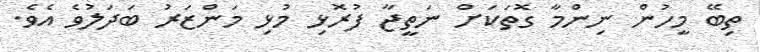
ތިބޭ މީހުން ނިންމާ ގޮތަކަށް ނަތީޖާ ފުރޮޅި މުޅި މަންޒަރު ބަދަލުވެ އެވެ.